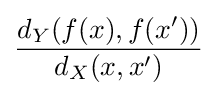
{\frac {d_{Y}(f(x),f(x'))}{d_{X}(x,x')}}